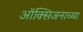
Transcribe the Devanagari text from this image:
ऑक्सिजनाच्या